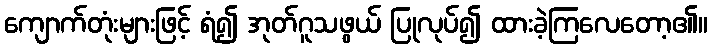
ကျောက်တုံးများဖြင့် ရံ၍ အုတ်ဂူသဖွယ် ပြုလုပ်၍ ထားခဲ့ကြလေတော့၏။